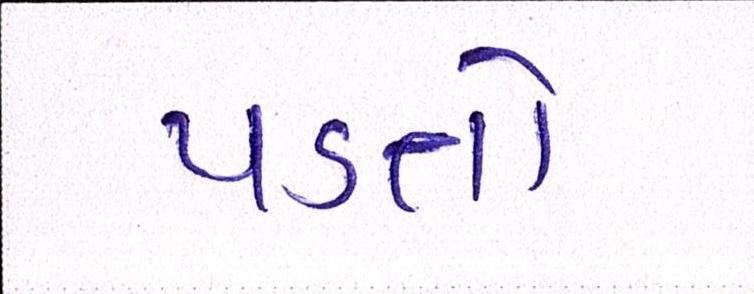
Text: પડતો